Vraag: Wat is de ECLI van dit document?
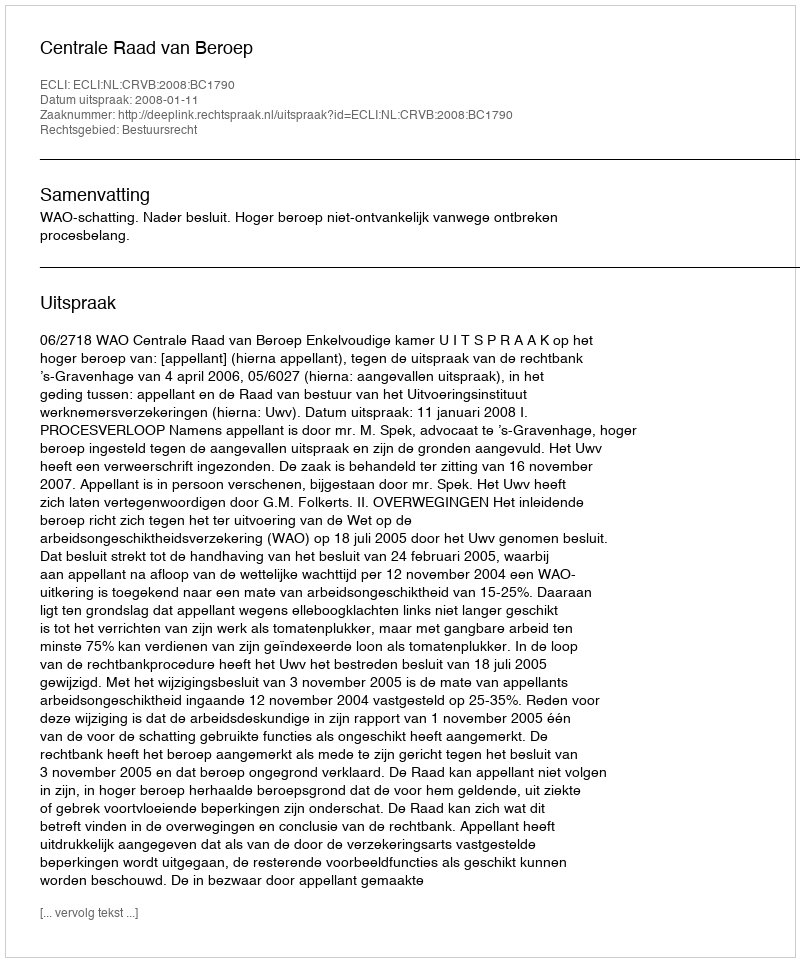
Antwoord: ECLI:NL:CRVB:2008:BC1790